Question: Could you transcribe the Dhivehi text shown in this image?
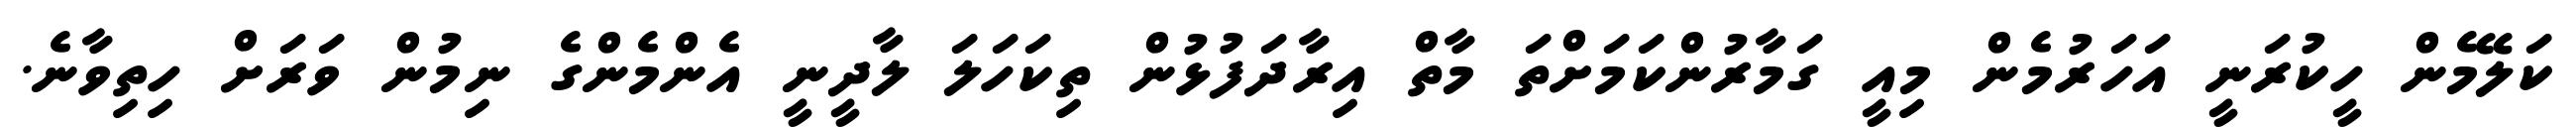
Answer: ކަލޭމެން ހީކުރަނީ އަހަރުމެން މިއީ ގަމާރުންކަމަށްތަ މާތް އިރާދަފުޅުން ތިކަހަލަ ލާދީނީ އެންމެންގެ ނިމުން ވަރަށް ހިތިވާނެ.